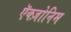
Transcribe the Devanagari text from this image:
ऍक्ज़ोनिम